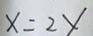
x = 2 y